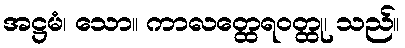
အဋ္ဌမံ၊ သော။ ကာလတ္ထေရဝတ္ထု၊ သည်။